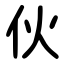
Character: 伙